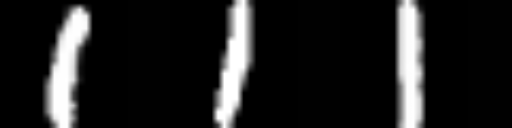
Text: 111